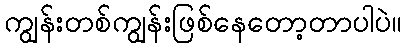
ကျွန်းတစ်ကျွန်းဖြစ်နေတော့တာပါပဲ။